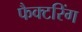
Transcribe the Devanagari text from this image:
फैक्टरिंग